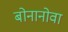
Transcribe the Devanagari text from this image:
बोनानोवा